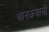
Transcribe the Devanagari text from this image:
थानकवासी